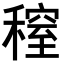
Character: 𥡫